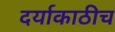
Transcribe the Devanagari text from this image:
दर्याकाठीच